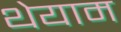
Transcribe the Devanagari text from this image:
थेयाम